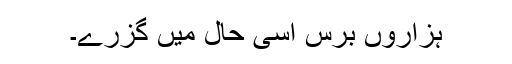
ہزاروں برس اسی حال میں گزرے۔